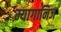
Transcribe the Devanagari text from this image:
म्यागानिज